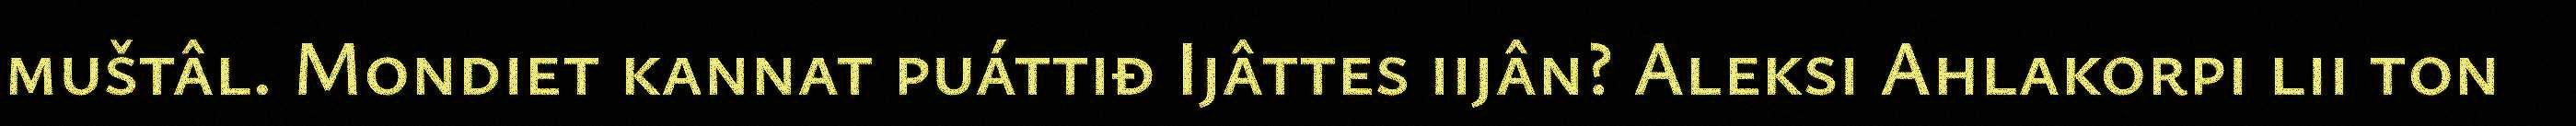
muštâl. Mondiet kannat puáttiđ Ijâttes iijân? Aleksi Ahlakorpi lii ton